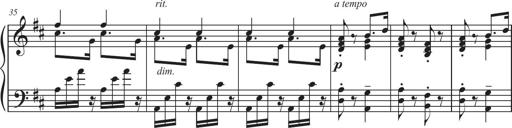
Title: Sonatina in D major
Composer: Shota Saitoh
Key: D major